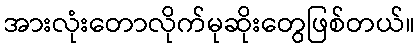
အားလုံးတောလိုက်မုဆိုးတွေဖြစ်တယ်။